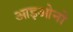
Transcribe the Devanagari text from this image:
आइओनो